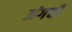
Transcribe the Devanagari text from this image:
अंगची